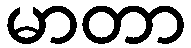
မာတာ